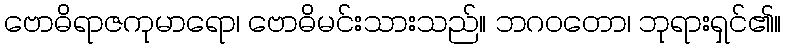
ဗောဓိရာဇကုမာရော၊ ဗောဓိမင်းသားသည်။ ဘဂဝတော၊ ဘုရားရှင်၏။